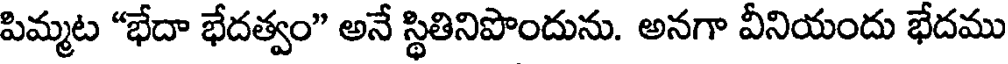
పిమ్మట "భేదా భేదత్వం" అనే స్థితినిపొందును. అనగా వీనియందు భేదము